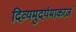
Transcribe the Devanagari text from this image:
दिव्यमुदर्यमाकरजं